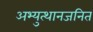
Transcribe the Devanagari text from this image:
अभ्युत्थानजनित